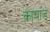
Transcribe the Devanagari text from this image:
काबाड